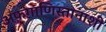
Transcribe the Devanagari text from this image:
अफगाणिस्तानाशी